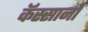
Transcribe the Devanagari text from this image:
कॅस्सानो